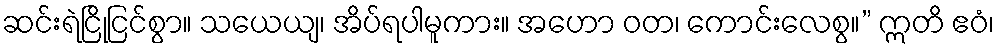
ဆင်းရဲငြိုငြင်စွာ။ သယေယျ၊ အိပ်ရပါမူကား။ အဟော ဝတ၊ ကောင်းလေစွ။” ဣတိ ဧဝံ၊